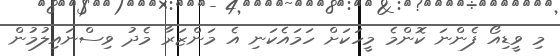
މި ވީޑިއޯ ފެންނަ ކޮންމެ މީހަކަށް ހަމައެކަނި އެ މަންޒަރާ މެދު ވިސްނައިލުމުން